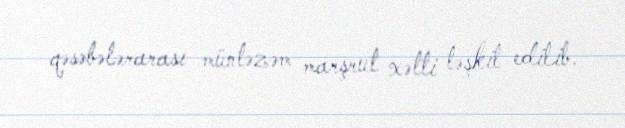
qəsəbələrarası müntəzəm marşrut xətti təşkil edilib.